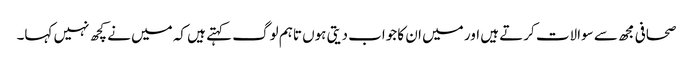
صحافی مجھ سے سوالات کرتے ہیں اور میں ان کا جواب دیتی ہوں تاہم لوگ کہتے ہیں کہ میں نے کچھ نہیں کہا۔